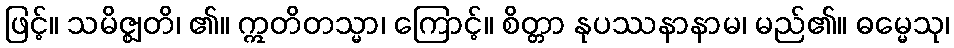
ဖြင့်။ သမိဇ္ဈတိ၊ ၏။ ဣတိတသ္မာ၊ ကြောင့်။ စိတ္တာ နုပဿနာနာမ၊ မည်၏။ ဓမ္မေသု၊